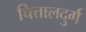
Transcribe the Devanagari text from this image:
चित्तालदुर्ग